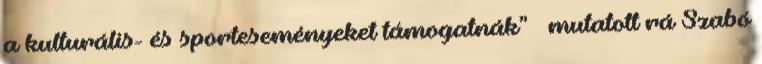
a kulturális- és sporteseményeket támogatnák” – mutatott rá Szabó